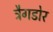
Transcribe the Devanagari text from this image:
ट्रैगडोर